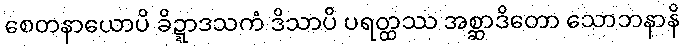
စေတနာယောပိ ခိဍ္ဍာဒသကံ ဒိသာပိ ပရတ္ထဿ အစ္ဆာဒိတော သောဘနာနိ